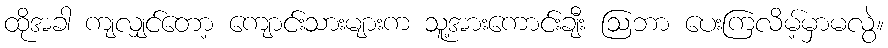
ထိုအခါ ကျလျှင်တော့ ကျောင်းသားများက သူ့အားကောင်းချီး ဩဘာ ပေးကြလိမ့်မှာမလွဲ။